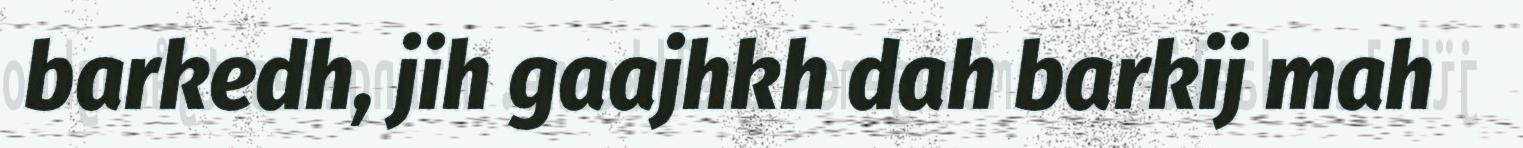
barkedh, jih gaajhkh dah barkij mah